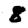
Digit: 8